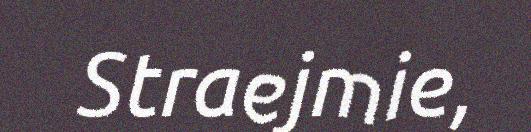
Straejmie,